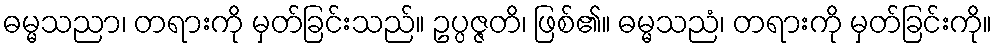
ဓမ္မသညာ၊ တရားကို မှတ်ခြင်းသည်။ ဥပ္ပဇ္ဇတိ၊ ဖြစ်၏။ ဓမ္မသညံ၊ တရားကို မှတ်ခြင်းကို။